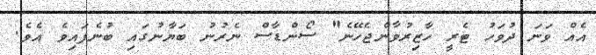
އެއް ވަނަ ދުވަހު ޓެރީ ހާޒިރުވާންޖެހޭނެ" ސޯންޑާސް ނެރުނު ބަޔާނުގައި ބުނެފައިވެ އެވެ.